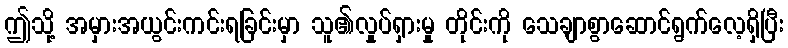
ဤသို့ အမှားအယွင်းကင်းရခြင်းမှာ သူ၏လှုပ်ရှားမှု တိုင်းကို သေချာစွာဆောင်ရွက်လေ့ရှိပြီး